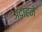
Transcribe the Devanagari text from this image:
अदाहने